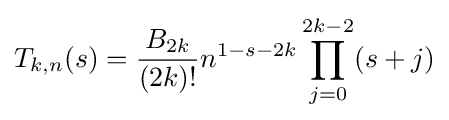
T_{k,n}(s)={\frac {B_{2k}}{(2k)!}}n^{1-s-2k}\prod _{j=0}^{2k-2}(s+j)